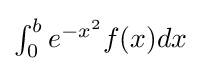
\textstyle \int _{0}^{b}e^{-x^{2}}f(x)dx